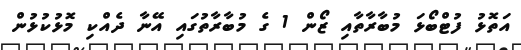
އަތޮޅު ފުޓްބޯޅަ މުބާރާތާއި ޒޯން 1 ގެ މުބާރާތުގައި އޭނާ ދެއްކި މޮޅުކުޅުން